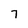
Character: 7